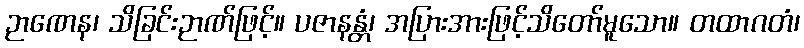
ဉာဏေန၊ သိခြင်းဉာဏ်ဖြင့်။ ပဇာနန္တံ၊ အပြားအားဖြင့်သိတော်မူသော။ တထာဂတံ၊